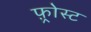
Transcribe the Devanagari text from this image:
फ़्रोस्ट